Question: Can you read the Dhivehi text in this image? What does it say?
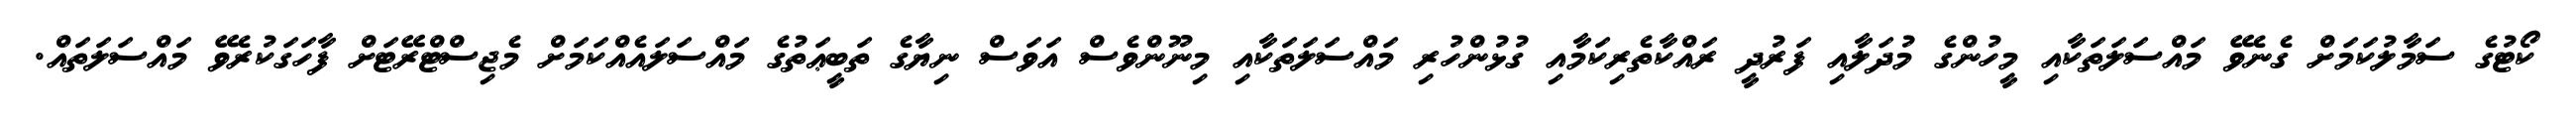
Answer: ކޯޓުގެ ސަމާލުކަމަށް ގެނެވޭ މައްސަލަތަކާއި މީހުންގެ މުދަލާއި ފަރުދީ ރައްކާތެރިކަމާއި ގުޅުންހުރި މައްސަލަތަކާއި މިނޫންވެސް އަވަސް ނިޔާގެ ތަބީޢަތުގެ މައްސަލައެއްކަމަށް މެޖިސްޓްރޭޓަށް ފާހަގަކުރެވޭ މައްސަލަތައް.